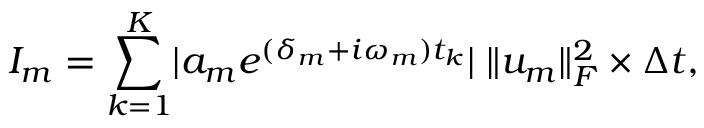
I _ { m } = \sum _ { k = 1 } ^ { K } \lvert a _ { m } e ^ { ( \delta _ { m } + i \omega _ { m } ) t _ { k } } \rvert \; \| u _ { m } \| _ { F } ^ { 2 } \times \Delta t ,